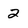
Character: 2